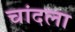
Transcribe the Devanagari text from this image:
चांदला